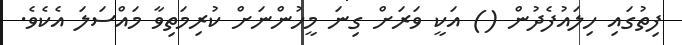
ފިތުގައި ހިލައުފެދުން () އަކީ ވަރަށް ގިނަ މީހުންނަށް ކުރިމަތިވާ މައްސަލަ އެކެވެ.